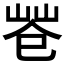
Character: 𢁃